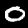
Label: 0